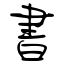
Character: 書